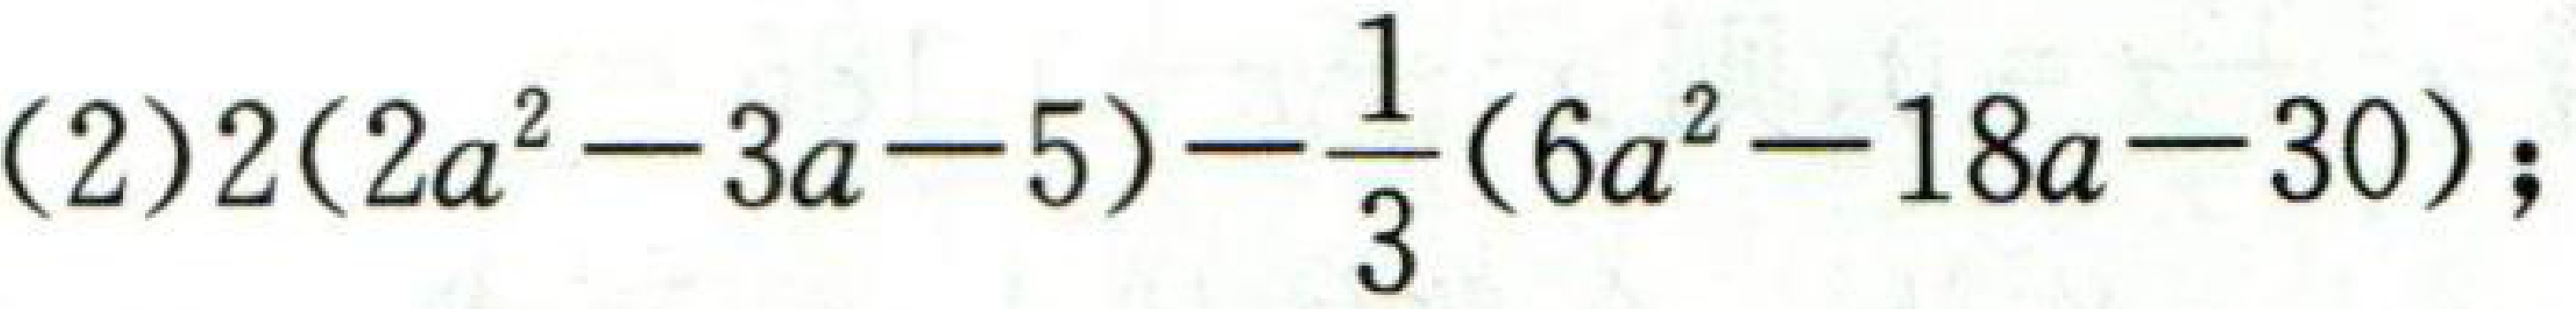
$(2)2(2a^{2}-3a - 5)-\dfrac{1}{3}(6a^{2}-18a - 30);$